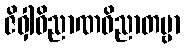
ဇိဝှါဝိညာဏဝိညာတဗ္ဗာ